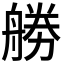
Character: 𠢧